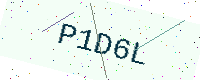
Text: P1D6L